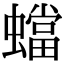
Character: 蟷